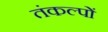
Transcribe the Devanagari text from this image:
तंकल्पों